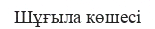
Шұғыла көшесі